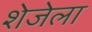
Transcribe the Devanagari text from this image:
शेजेला